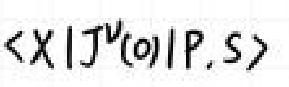
$\langle X|J^{\nu}(0)|P,S\rangle$